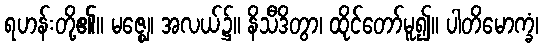
ရဟန်းတို့၏။ မဇ္ဈေ၊ အလယ်၌။ နိသီဒိတွာ၊ ထိုင်တော်မူ၍။ ပါတိမောက္ခံ၊